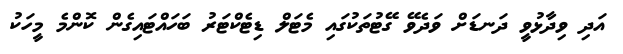
އަދި ވިދާޅުވީ ދަނޑަށް ވަދެވޭ ގޭޓުތަކުގައި މެޓަލް ޑިޓެކްޓަރު ބަހައްޓައިގެން ކޮންމެ މީހަކު